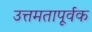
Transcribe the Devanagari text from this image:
उत्तमतापूर्वक